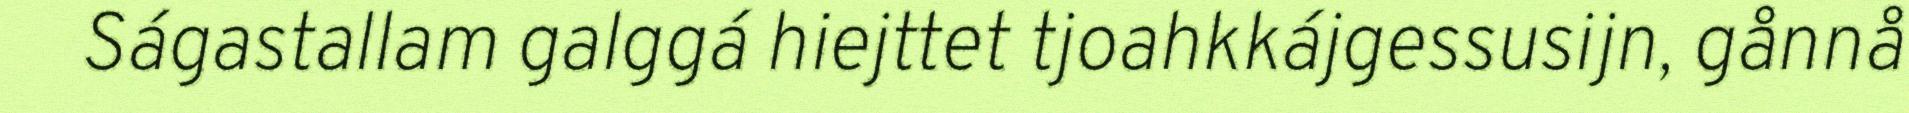
Ságastallam galggá hiejttet tjoahkkájgessusijn, gånnå